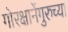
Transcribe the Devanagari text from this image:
गोरक्षानेंगुरुच्या